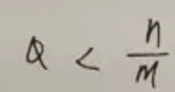
$\alpha<\frac{n}{m}$